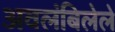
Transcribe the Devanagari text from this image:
अवलंबिलेले